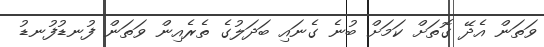
ވަތަން އެދޭ ގޮތަށް ކަމަށް ބުނެ ގެނައި ބަދަލުގެ ތެރެއިން ވަތަން ފުނޑުފުނޑު